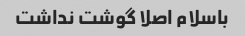
باسلام اصلا گوشت نداشت